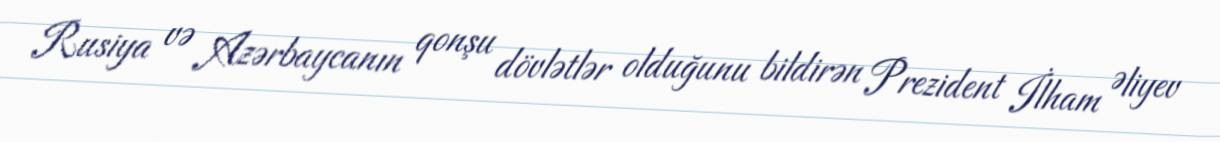
Rusiya və Azərbaycanın qonşu dövlətlər olduğunu bildirən Prezident İlham Əliyev